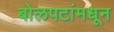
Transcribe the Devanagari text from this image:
बोलपटांमधून